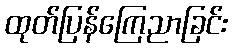
ထုတ်ပြန်ကြေညာခြင်း